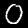
Label: 0